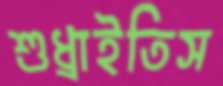
শুধ্‌রাইতিস